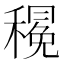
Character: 𮃦